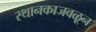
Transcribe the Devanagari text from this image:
स्थानकाजवळून